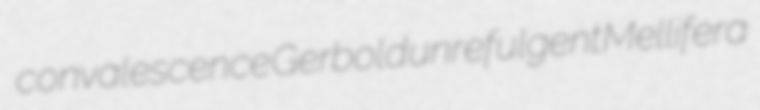
convalescence Gerbold unrefulgent Mellifera